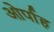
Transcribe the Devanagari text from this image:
ओर्पाह